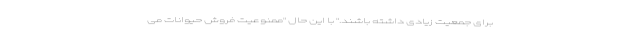
برای جمعیت زیادی داشته باشند." با این حال "ممنوعیت فروش حیوانات می